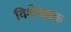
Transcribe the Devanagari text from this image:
विशेषज्ञक